Annual report of lunatic asylums [Bombay] - 1912-1922
Year: 1912
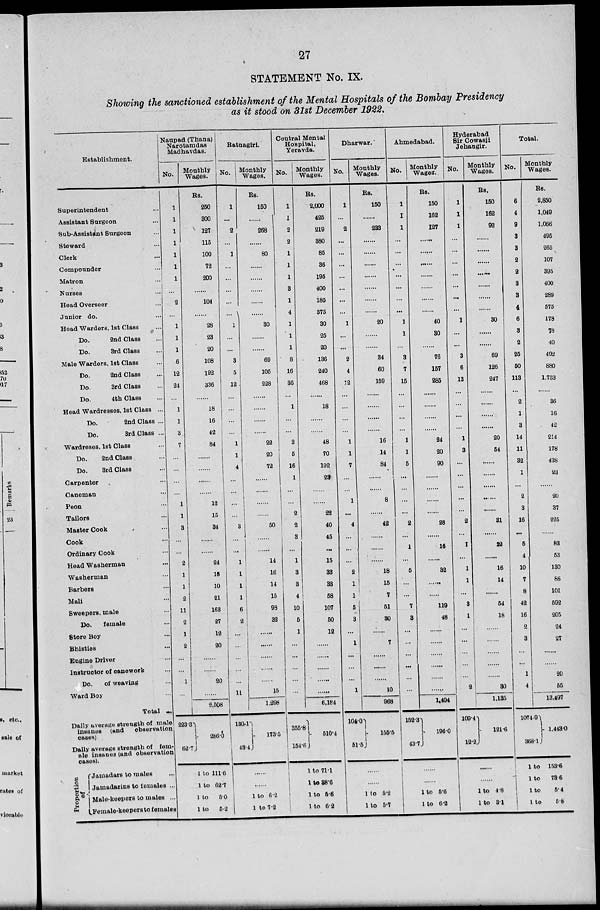
27
STATEMENT No. IX.
Showing the sanctioned establishment of the Mental Hospitals of the Bombay Presidency
as it stood on 31st December 1922.
Establishment.
Superintendent ...
Assistant Surgeon ...
Sub-Assistant Surgeon ...
Steward ...
Clerk ...
Compounder ...
Matron ...
Nurses ...
Head Overseer ...
Junior do. ...
Head Warders, 1st Class ...
Do.
2nd Class ...
Do.
3rd Class ...
Male Warders, 1st Class ...
Do.
2nd Class ...
Do.
3rd Class ...
Do.
4th Class ...
Head Wardresses, 1st Class ...
Do.
2nd Class ...
Do.
3rd Class ...
Wardreses, 1st Class ...
Do.
2nd Class ...
Do.
3rd Class ...
Carpenter ...
Caneman ...
Peon ...
Tailors ...
Master Cook ...
Cook ...
Ordinary Cook ...
Head Washerman ...
Washerman ...
Barbers ...
Mali ...
Sweepers, male ...
Do.
female ...
Store Boy ...
Bhisties ...
Engine Driver ...
Instructor of canework ...
Do.
of weaving ...
Ward Boy ...
Total ...
Daily average strength of male
insanes
(and
observation
cases)
Daily average strength of female insanes (and observation
cases).
P
roportion of
Jamadars to males ...
Jamadarins to females ...
Male-keepers to males ...
Female-keepers to female ...
Naupad (Thana)
Narotamdas
Madhavdas.
No.
1
1
1
1
1
1
1
...
2
...
1
1
1
6
12
24
...
1
1
3
7
...
...
...
...
1
1
3
...
...
2
1
1
2
11
2
1
2
...
...
1
...
223.3
62.7
Monthly
Wages.
Rs.
250
300
127
115
100
72
200
......
104
......
28
23
20
108
192
336
......
18
16
42
84
......
......
......
12
15
34
......
......
24
15
10
21
163
27
12
20
...
...
20
......
2,508
286.0
1 to 111.6
1 to 62.7
1 to
5.0
1 to
5.2
Ratnagiri.
No.
1
...
2
...
1
...
...
...
...
...
1
...
...
3
5
12
...
...
...
...
1
1
4
...
...
...
...
3
...
...
1
1
1
1
6
2
...
...
...
...
...
11
130.1
43.4
Monthly
Wages.
Rs.
150
268
......
80
......
......
......
......
......
30
......
......
69
105
228
......
......
......
......
22
20
72
......
......
......
......
50
......
......
14
16
14
15
98
32
......
......
......
......
......
15
1,298
173.5
......
......
1 to 6.2
1 to 7.2
Central Mental
Hospital,
Yeravda.
No.
1
1
2
2
1
1
1
3
1
4
1
1
1
8
16
36
...
1
...
...
3
5
16
1
...
...
2
2
3
...
1
3
3
4
10
5
1
...
...
...
...
...
355.8
154.6
Monthly
Wages.
Rs.
2,000
425
219
380
85
36
195
400
185
575
30
25
20
136
240
468
......
18
......
......
48
70
192
29
......
......
22
40
45
...
15
33
33
58
107
50
12
......
......
......
......
......
6,184
510.4
1 to 71.1
1 to 38.6
1 to 5.6
1
to 6.2
Dharwar.
No.
1
...
2
...
...
...
...
...
...
...
1
...
...
2
4
12
...
...
...
...
1
1
7
...
...
1
...
4
...
...
...
2
1
1
5
3
...
1
...
...
...
1
104.0
51.5
Monthly
Wages.
Rs.
150
......
233
......
......
......
......
......
......
......
20
......
......
34
60
159
......
......
......
......
16
14
84
......
8
......
42
......
......
......
18
15
7
51
30
......
7
......
......
......
10
968
155.5
......
......
1 to 5.2
1 to 5.7
Ahmedabad.
No.
1
1
1
...
...
...
...
...
...
...
1
1
...
3
7
15
...
...
...
...
1
1
5
...
...
...
...
2
...
1
...
5
...
...
7
3
...
...
...
...
...
...
152.3
43.7
Monthly
Wages.
Rs.
150
162
127
......
......
......
......
......
......
......
40
30
......
76
157
285
......
......
......
......
24
20
90
......
......
......
......
28
......
16
......
32
......
......
119
48
......
......
......
......
......
1,404
196.0
......
......
1 to 5.6
1 to 6.2
Hyderabad
Sir Cowasji
Jehangir.
No.
1
1
1
...
...
...
...
...
...
...
1
...
...
3
6
13
...
...
...
...
1
3
...
...
...
...
...
2
...
1
...
1
1
...
3
1
...
...
...
...
...
2
109.4
12.2
Monthly
Wages.
Rs.
150
162
92
......
......
......
......
......
......
......
30
......
......
69
126
247
......
......
......
......
20
54
......
......
......
......
......
31
......
22
......
16
14
......
54
18
......
......
......
......
......
30
1,135
121.6
......
......
1 to 4.8
1 to 3.1
Total.
No.
6
4
9
3
3
2
2
3
3
4
6
3
2
25
50
113
...
2
1
3
14
11
32
1
...
2
3
16
...
5
4
10
7
8
42
16
2
3
...
...
1
4
Monthly
Wages.
Rs.
2,850
1,049
1,066
495
265
107
395
400
289
575
178
78
40
492
880
1,733
......
36
16
42
244
178
438
23
......
20
37
225
......
83
53
130
86
101
592
205
24
27
......
......
20
55
13,497
1074.9
368.1
1,443.0
1 to 153.6
1 to
73.6
1
to
5.4
1 to
5.8